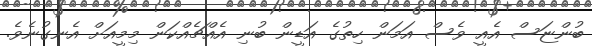
ބުންޏަސް އެއީ ވެސް އަމަން ހިތުގެ އަޑީން ބުނި އެއްޗެއްކަން މިމީއަށް އެނގުނެވެ.